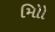
મોિો